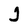
Character: J